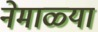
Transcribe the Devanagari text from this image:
नेमाळ्या